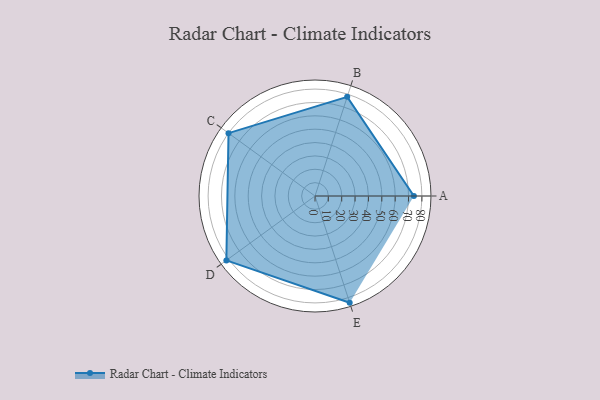
{"axis": {"x": "Skill", "y": "Score"}, "legend": ["Profile"], "data": [{"x": "A", "y": 74.0, "type": "Profile"}, {"x": "B", "y": 78.0, "type": "Profile"}, {"x": "C", "y": 80.0, "type": "Profile"}, {"x": "D", "y": 82.0, "type": "Profile"}, {"x": "E", "y": 84.0, "type": "Profile"}]}